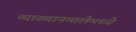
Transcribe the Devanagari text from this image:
व्याख्यानमालेमध्ये